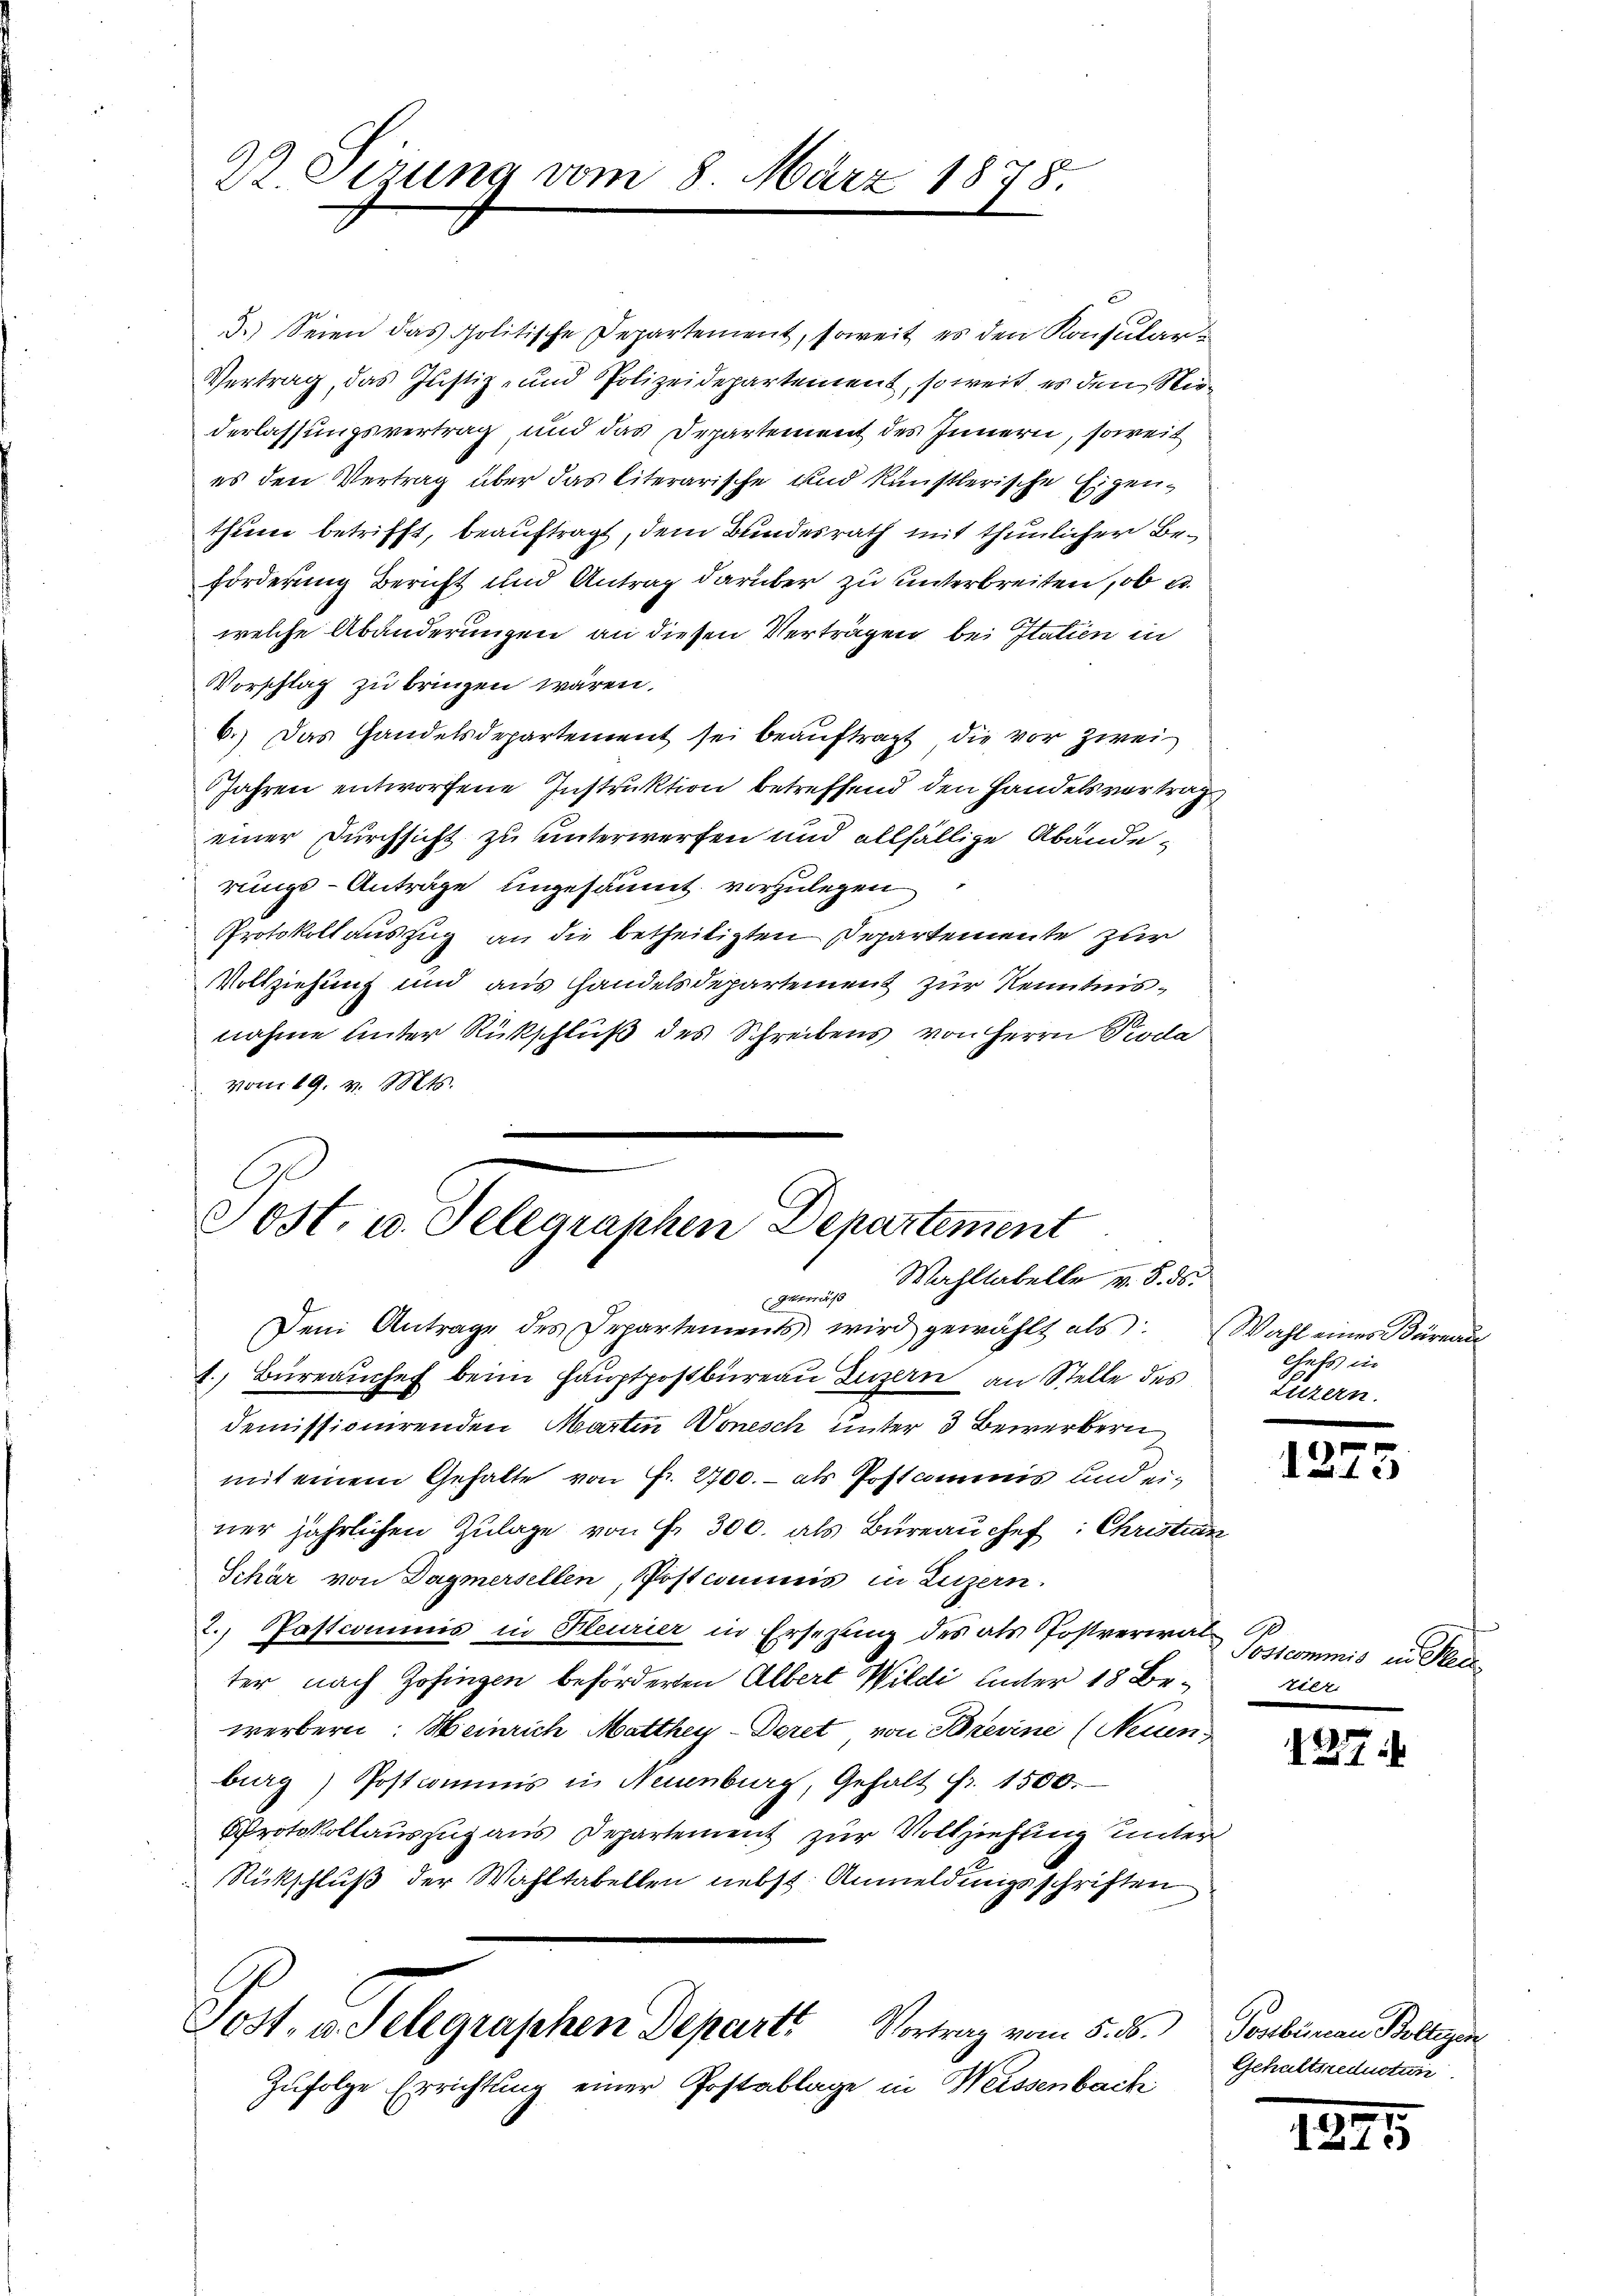
2. Serung vom 8. März 1878.

3.) Seien das politische Departement, soweit es den Konsular¬
Vertrag, das Justiz- und Polizeidepartement, soweit es den Niederlassungsvertrag, und das Departement des Innern, soweit
es den Vertrag über das literarische und künstlerische Eigenthum betrifft, beauftragt, dem Bundesrath mit thunlicher Be¬
Förderung Beruft und Antrag darüber zu unterbreiten, ob u.
welche Abänderungen an diesen Verträgen bei Statien in
Vorschlag zu bringen wären.
6.) Das Handelsdepartement sei beauftragt, die vor zwei
Jahren entworfene Instruktion betreffend den Handelsvertrag
einer Durchsicht zu unterwerfen und allfällige Abänderungs-Anträge ungesäumt vorzulegen
Protokoll auszug an die betheiligten Departemente zur
Vollziehung und aus andelsdepartement zur Kenntnisnahme unter Rückschluß des Schreibens von Herrn Pioda
vom 19. v. Mts.
.
.

Sost, u. Telegraphen Departement
genes Mahllabelle v. 5. ds.
Dem Antrage des Departements wird gewählt als: Wahl eines Büreau
1. Büreaŭchef beim Hauptpostbüreau Luzern an Stelle des

demissionirenden Martin Wonesch unter 3 Bewerbern
mit einem Gehalte von Fr. 2700.- als Postammis und einer jährlichen Zulage von Fr. 300. als Büreau chef: Christian
Schär von Dagmersellen, Postcommis in Luzern.
2. Pastcommis in Kleurier in Ersezung des als Postverwalter nach Zofingen beförderten Albert Wildi unter 18 Bewerbern: Weinrich Matthey-Deret von Bresine (Neuen
burg) Postcommis in Neuenburg, Gehalt Fr. 1500.
Protokollauszug aus Departement zur Vollziehung unter
Rückschluß der Wahltabellen nebst Anmeldungsschriften
Post- u. Selegraphen Depart. Vortrag vom 5. d. Postbureau Boltern
Zufolge Errichtung einer Postablage in Weissenbach

chefs in
Luzern.

1275

Postcommis in de

127

Gehaltsreduction

1825